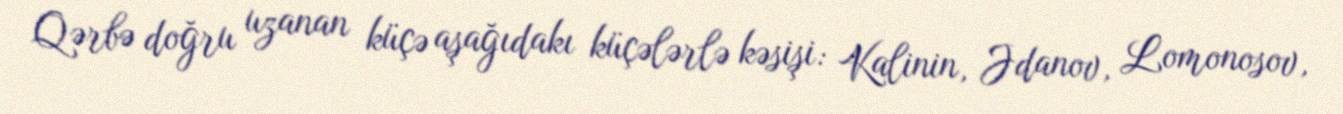
Qərbə doğru uzanan küçə aşağıdakı küçələrlə kəsişi: Kalinin, Jdanov, Lomonosov,